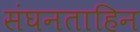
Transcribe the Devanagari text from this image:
संघनताहिन